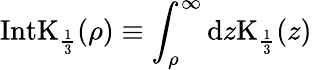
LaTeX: \mathrm{IntK}_{\frac{1}{3}}(\rho)\equiv\int_{\rho}^{\infty}\mathrm{d}z\mathrm{K}_{\frac{1}{3}}(z)